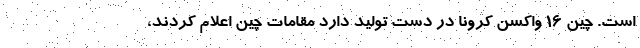
است. چین ۱۶ واکسن کرونا در دست تولید دارد مقامات چین اعلام کردند،